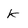
Character: k